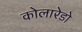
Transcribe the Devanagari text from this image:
कोलारेडो